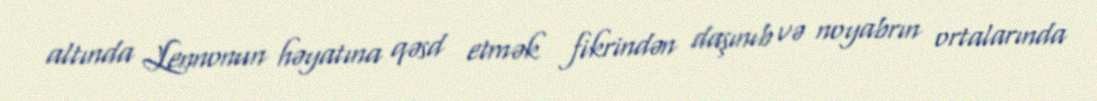
altında Lennonun həyatına qəsd etmək fikrindən daşınıb və noyabrın ortalarında